Source: Handwritten
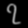
Digit: ၇ (7)